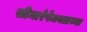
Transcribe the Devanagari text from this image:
सीमारेषेजवळच्या